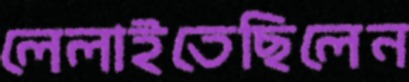
লেলাইতেছিলেন